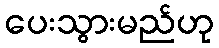
ပေးသွားမည်ဟု